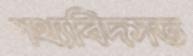
পথ্যবিদসত